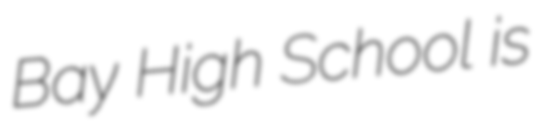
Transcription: Bay High School is